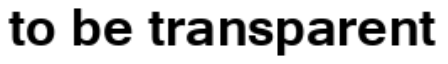
to be transparent